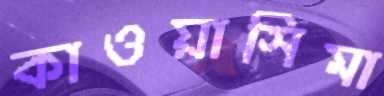
কাওয়াসিমা